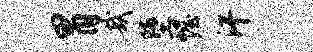
胃哉堕幄汗